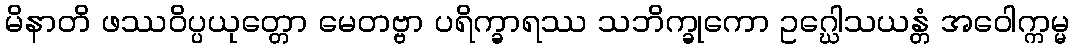
မိနာတိ ဖဿဝိပ္ပယုတ္တော မေတဗ္ဗာ ပရိက္ခာရဿ သဘိက္ခုကော ဥဂ္ဃေါသယန္တံ အဝေါက္ကမ္မ